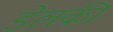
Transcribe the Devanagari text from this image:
डेलकी